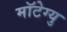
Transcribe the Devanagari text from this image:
मॉटेग्यु